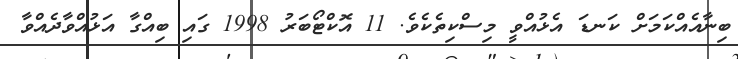
ބިނާއެއްކަމަށް ކަނޑަ އެޅުއްވީ މިސްކިތެކެވެ. 11 އޮކްޓޯބަރު 1998 ގައި ބިއްގާ އަޅުއްވާދެއްވާ